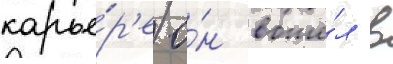
карье́р'е о́н вошё́л в